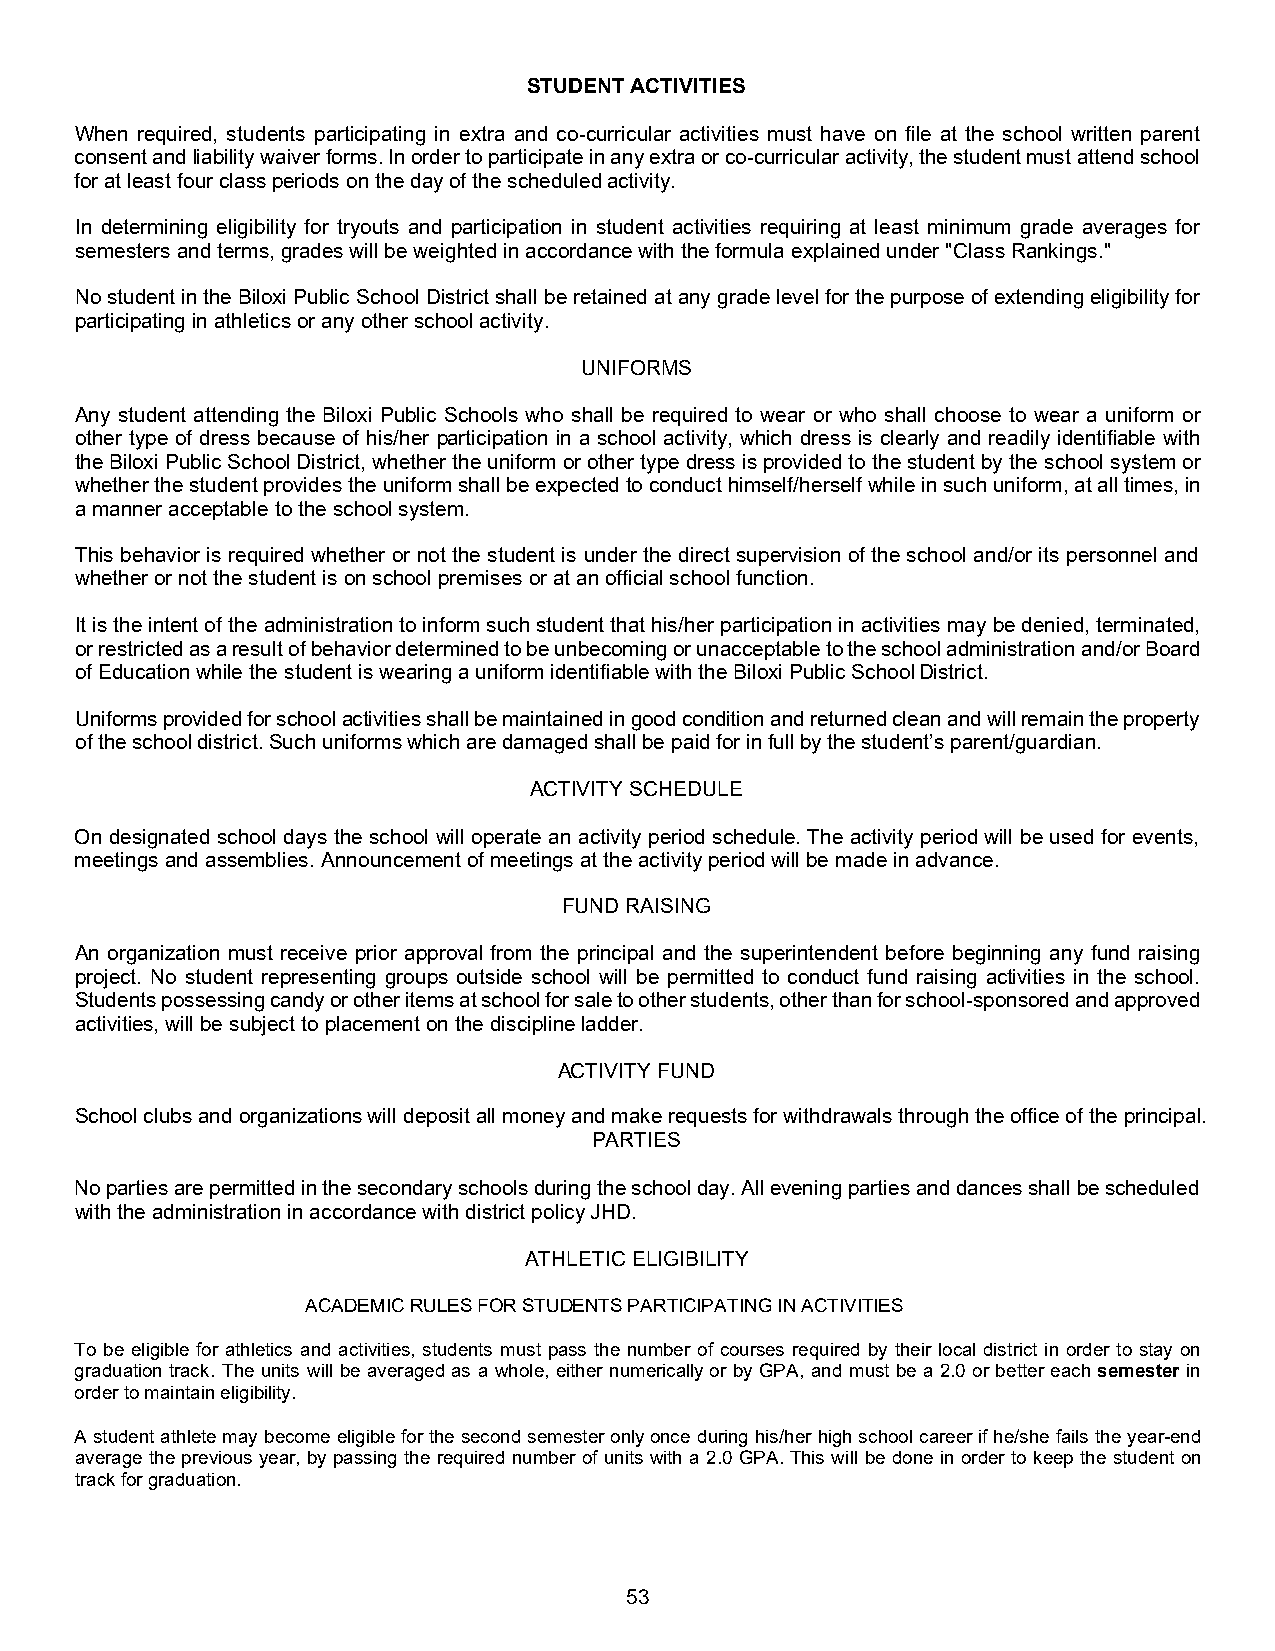
STUDENT ACTIVITIES
 When required, students participating in extra and co-curricular activities must have on file at the school written parent
 consent and liability waiver forms. In order to participate in any extra or co-curricular activity, the student must attend school
 for at least four class periods on the day of the scheduled activity.
 In determining eligibility for tryouts and participation in student activities requiring at least minimum grade averages for
 semesters and terms, grades will be weighted in accordance with the formula explained under "Class Rankings."
 No student in the Biloxi Public School District shall be retained at any grade level for the purpose of extending eligibility for
 participating in athletics or any other school activity.
 UNIFORMS
 Any student attending the Biloxi Public Schools who shall be required to wear or who shall choose to wear a uniform or
 other type of dress because of his/her participation in a school activity, which dress is clearly and readily identifiable with
 the Biloxi Public School District, whether the uniform or other type dress is provided to the student by the school system or
 whether the student provides the uniform shall be expected to conduct himself/herself while in such uniform, at all times, in
 a manner acceptable to the school system.
 This behavior is required whether or not the student is under the direct supervision of the school and/or its personnel and
 whether or not the student is on school premises or at an official school function.
 It is the intent of the administration to inform such student that his/her participation in activities may be denied, terminated,
 or restricted as a result of behavior determined to be unbecoming or unacceptable to the school administration and/or Board
 of Education while the student is wearing a uniform identifiable with the Biloxi Public School District.
 Uniforms provided for school activities shall be maintained in good condition and returned clean and will remain the property
 of the school district. Such uniforms which are damaged shall be paid for in full by the student’s parent/guardian.
 ACTIVITY SCHEDULE
 On designated school days the school will operate an activity period schedule. The activity period will be used for events,
 meetings and assemblies. Announcement of meetings at the activity period will be made in advance.
 FUND RAISING
 An organization must receive prior approval from the principal and the superintendent before beginning any fund raising
 project. No student representing groups outside school will be permitted to conduct fund raising activities in the school.
 Students possessing candy or other items at school for sale to other students, other than for school-sponsored and approved
 activities, will be subject to placement on the discipline ladder.
 ACTIVITY FUND
 School clubs and organizations will deposit all money and make requests for withdrawals through the office of the principal.
 PARTIES
 No parties are permitted in the secondary schools during the school day. All evening parties and dances shall be scheduled
 with the administration in accordance with district policy JHD.
 ATHLETIC ELIGIBILITY
 ACADEMIC RULES FOR STUDENTS PARTICIPATING IN ACTIVITIES
 To be eligible for athletics and activities, students must pass the number of courses required by their local district in order to stay on
 graduation track. The units will be averaged as a whole, either numerically or by GPA, and must be a 2.0 or better each semester in
 order to maintain eligibility.
 A student athlete may become eligible for the second semester only once during his/her high school career if he/she fails the year-end
 average the previous year, by passing the required number of units with a 2.0 GPA. This will be done in order to keep the student on
 track for graduation.
 53